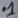
Text: .1